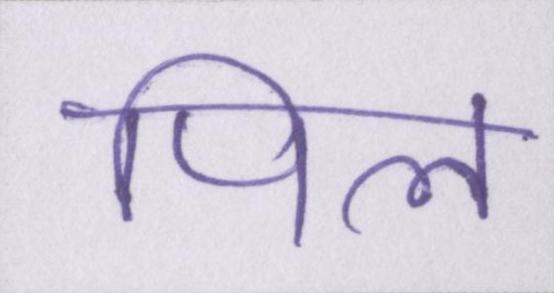
पिल